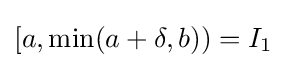
[a,\min(a+\delta ,b))=I_{1}